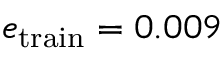
e _ { \mathrm { t r a i n } } = 0 . 0 0 9